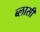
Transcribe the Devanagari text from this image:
ब्लासी